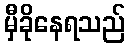
မှီခိုနေရသည်